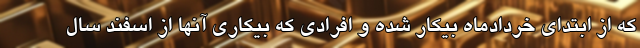
که از ابتدای خردادماه بیکار شده و افرادی که بیکاری آنها از اسفند سال